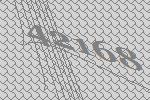
42168